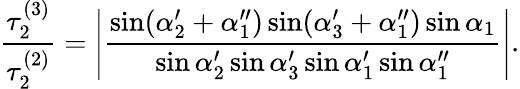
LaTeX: \frac{\tau_{2}^{(3)}}{\tau_{2}^{(2)}}=\left|\frac{\sin(\alpha_{2}^{\prime}+\alpha_{1}^{\prime\prime})\sin(\alpha_{3}^{\prime}+\alpha_{1}^{\prime\prime})\sin\alpha_{1}}{\sin\alpha_{2}^{\prime}\sin\alpha_{3}^{\prime}\sin\alpha_{1}^{\prime}\sin\alpha_{1}^{\prime\prime}}\right|.